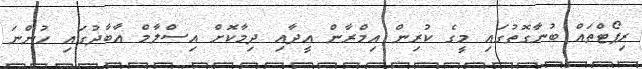
ރިޕޯޓްތައް ބުނާގޮތުގައި މީގެ ކުރިން އިމްރާން އީދާއި ދިމާކޮށް އިސްލާމް އާބާދުގައި ހުންނަ